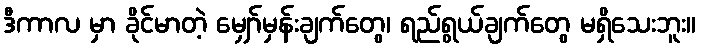
ဒီကာလ မှာ ခိုင်မာတဲ့ မျှော်မှန်းချက်တွေ၊ ရည်ရွယ်ချက်တွေ မရှိသေးဘူး။